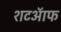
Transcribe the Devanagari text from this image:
शटऑफ